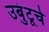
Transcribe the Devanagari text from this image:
उबुंटूचे